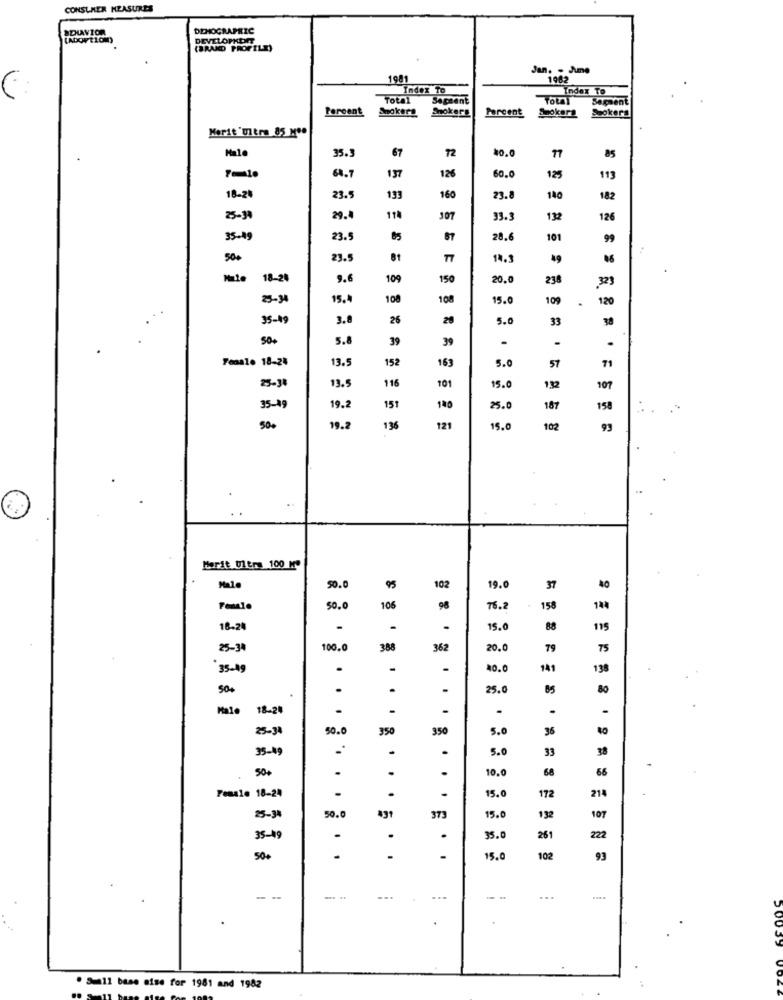
CONSUMER MEASURES
SELAVIOR
DEHOGRAPRIC
[ADOPTION)
DEVELOPKORT
(BRAKD PROFILE)
Jan. - Jump
1981
1962
Index To
==
Index To
Total
Segment
Segment
Peroent
Anokers
Snokerg
Parcent
Szokera
Spokera
Merit'Ultra 85 Mº.
67
72
10.0
35.3
17
85
64.7
60.0
137
126
125
113
18-21
23.5
133
160
23.8
140
182
25-3
29.
107
33.
132
126
35-49
23.5
65
67
28.6
101
99
500
23.
81
14.3
Male
18-21
9.6
109
150
20.0
234
323
25-34
15.4
108
108
15.0
109
120
35-19
3.8
26
28
5.0
33
50+
5.8
39
39
Female 18-24
13.5
152
163
5.0
71
57
116
25-34
13.5
101
15.0
132
101
35-49
19.2
151
140
25.0
187
158
500
19.2
136
121
15.0
102
93
Marit Ulers 100 Mº
Male
50.0
95
102
19.0
37
50.0
106
98
16.2
158
144
18-24
15.
88
115
25-34
100.0
388
362
20.0
79
75
35-49
.
40.
141
138
50.
.
.
.
25.0
80
Malo
18-24
.
.
25-34
50.
350
350
5.0
36
to
35-49
.
5.0
33
38
50+
.
.
10.0
68
66
.
Female 18-24
15.0
214
.
.
.
172
50.0
25-34
431
373
15.0
132
107
35-49
.
35.0
261
222
50+
.
-
. .
15.0
102
93
--
--
...
. Sull base sise for 1981 and 1982